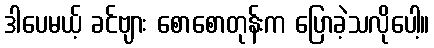
ဒါပေမယ့် ခင်ဗျား စောစောတုန်းက ပြောခဲ့သလိုပေါ့။